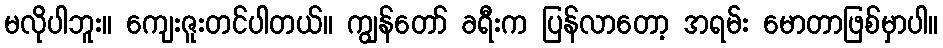
မလိုပါဘူး။ ကျေးဇူးတင်ပါတယ်။ ကျွန်တော် ခရီးက ပြန်လာတော့ အရမ်း မောတာဖြစ်မှာပါ။